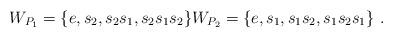
LaTeX: \begin{align*}W_{P_1} = \{e, s_2, s_2s_1, s_2s_1s_2\} W_{P_2} = \{e, s_1, s_1s_2, s_1s_2s_1\} \ .\end{align*}